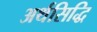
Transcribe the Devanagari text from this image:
अर्थसिद्धि